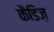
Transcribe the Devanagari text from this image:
कैडिज़